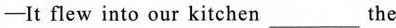
—It flew into our kitchen ___ the